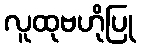
လူထုဗဟိုပြု